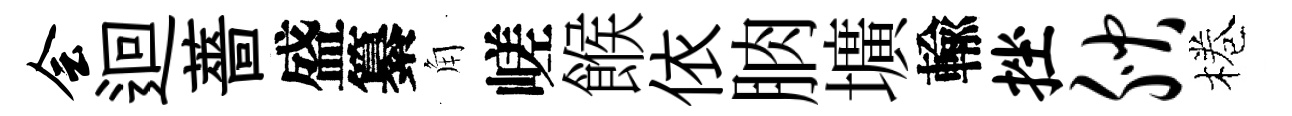
会迴薔盛纂角嵯餱依朒壙輸挫腴棬